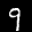
Label: 9